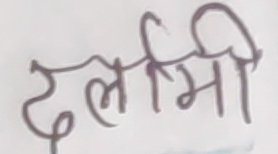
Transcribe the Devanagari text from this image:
दलमी